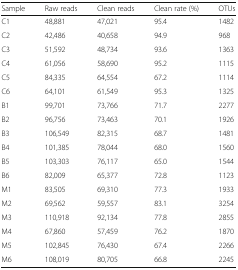
<table><thead><tr><td><b>Sample</b></td><td><b>Raw reads</b></td><td><b>Clean reads</b></td><td><b>Clean rate (%)</b></td><td><b>OTUs</b></td></tr></thead><tbody><tr><td>C1</td><td>48,881</td><td>47,021</td><td>95.4</td><td>1482</td></tr><tr><td>C2</td><td>42,486</td><td>40,658</td><td>94.9</td><td>968</td></tr><tr><td>C3</td><td>51,592</td><td>48,734</td><td>93.6</td><td>1363</td></tr><tr><td>C4</td><td>61,056</td><td>58,690</td><td>95.2</td><td>1115</td></tr><tr><td>C5</td><td>84,335</td><td>64,554</td><td>67.2</td><td>1114</td></tr><tr><td>C6</td><td>64,101</td><td>61,549</td><td>95.3</td><td>1325</td></tr><tr><td>B1</td><td>99,701</td><td>73,766</td><td>71.7</td><td>2277</td></tr><tr><td>B2</td><td>96,756</td><td>73,463</td><td>70.1</td><td>1926</td></tr><tr><td>B3</td><td>106,549</td><td>82,315</td><td>68.7</td><td>1481</td></tr><tr><td>B4</td><td>101,385</td><td>78,044</td><td>68.0</td><td>1560</td></tr><tr><td>B5</td><td>103,303</td><td>76,117</td><td>65.0</td><td>1544</td></tr><tr><td>B6</td><td>82,009</td><td>65,377</td><td>72.8</td><td>1123</td></tr><tr><td>M1</td><td>83,505</td><td>69,310</td><td>77.3</td><td>1933</td></tr><tr><td>M2</td><td>69,562</td><td>59,557</td><td>83.1</td><td>3254</td></tr><tr><td>M3</td><td>110,918</td><td>92,134</td><td>77.8</td><td>2855</td></tr><tr><td>M4</td><td>67,860</td><td>57,459</td><td>76.2</td><td>1870</td></tr><tr><td>M5</td><td>102,845</td><td>76,430</td><td>67.4</td><td>2266</td></tr><tr><td>M6</td><td>108,019</td><td>80,705</td><td>66.8</td><td>2245</td></tr></tbody></table>